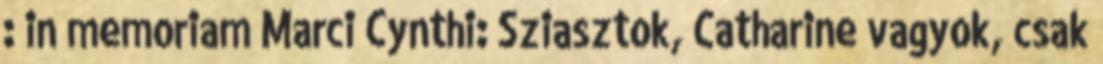
: in memoriam Marci Cynthi: Sziasztok, Catharine vagyok, csak